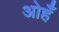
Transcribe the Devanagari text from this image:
ओहँ